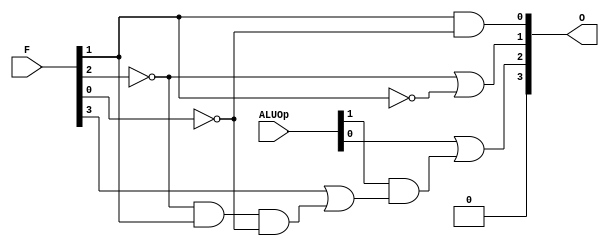
`timescale 1ns / 1ps
//////////////////////////////////////////////////////////////////////////////////
// Company: 
// Engineer: 
// 
// Design Name: 
// Module Name:    ALU_ONTROL_UNIT 
// Project Name: 
// Target Devices: 
// Tool versions: 
// Description: 
//
// Dependencies: 
//
// Revision: 
// Revision 0.01 - File Created
// Additional Comments: 
//
//////////////////////////////////////////////////////////////////////////////////
module ALU_CONTROL_UNIT(
    output wire [3:0] O,
    input [1:0] ALUOp,
    input [5:0] F
    );
	 //wire [3:0] O;
	 
	 //local net or connections
	 wire w_and, w_or, w_and2;
	 
	 //structural
	 
	 //internal gates
	 and(w_and2, ~F[2], F[1], ~F[0]);
	 or(w_or, F[3], w_and2);
	 and(w_and, ALUOp[1], w_or);
	 
	 //output gates
	 and(O[3], 1'b1, 1'b0);
	 or(O[2], ALUOp[0], w_and);
	 or(O[1], ~F[2], ~F[1]);
	 and(O[0], F[1], ~F[0]);
	 //assign O[3] = 0;
	 //assign O[2] = ( ALUOp[0] | (ALUOp[1] & ~F[2] & F[1] & ~F[0]) ) & ~(ALUOp[1] & ~F[3] & ((~F[2] & ~F[0]) | (F[2] & ~F[1] & F[0])) );
	 //assign O[1] = (ALUOp[0]) & ~(ALUOp[1] & (~F[3] & F[2] & ~F[1] ));
	 //assign O[0] = ALUOp[1] & ((F[3] & ~F[2] & F[1] & ~F[0]) | (~F[3] & F[2] & ~F[1] & F[0])) & ~ALUOp[0];
	 /*always @(*)
	 begin
		if( ALUOp[1]==0 && ALUOp[0] == 0 )
			assign O = 4'b0010;
		else if( ALUOp[0]==1)
			assign O = 4'b0110;
		else if(ALUOp[1]==1 && F[3]==0 && F[2]==0 && F[1]==0 && F[0]==0 )
			assign O = 4'b0010;
		else if(ALUOp[1]==1 && F[3]==0 && F[2]==0 && F[1]==1 && F[0]==0)
			assign O = 4'b0110;
		else if(ALUOp[1]==1 && F[3]==0 && F[2]==1 && F[1]==0 && F[0]==0 )
			assign O = 4'b0000;
		else if(ALUOp[1]==1 && F[3]==0 && F[2]==1 && F[1]==0 && F[0]==1 )
			assign O = 4'b0001;
		else if(ALUOp[1]==1 && F[3]==1 && F[2]==0 && F[1]==1 && F[0]==0 )
			assign O = 4'b0111;
	 end*/
	 
	 
endmodule